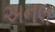
અનલ